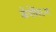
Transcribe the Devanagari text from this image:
कॅपॅसिटन्स